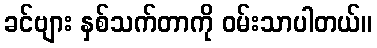
ခင်ဗျား နှစ်သက်တာကို ဝမ်းသာပါတယ်။